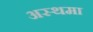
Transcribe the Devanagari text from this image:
अस्‍थमा